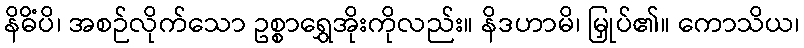
နိဓိံပိ၊ အစဉ်လိုက်သော ဥစ္စာရွှေအိုးကိုလည်း။ နိဒဟာမိ၊ မြှုပ်၏။ ကောသိယ၊